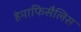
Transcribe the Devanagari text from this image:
हेमाफिसैलिस